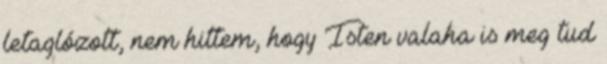
letaglózott, nem hittem, hogy Isten valaha is meg tud